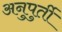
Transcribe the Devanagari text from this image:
अनुपुर्ती